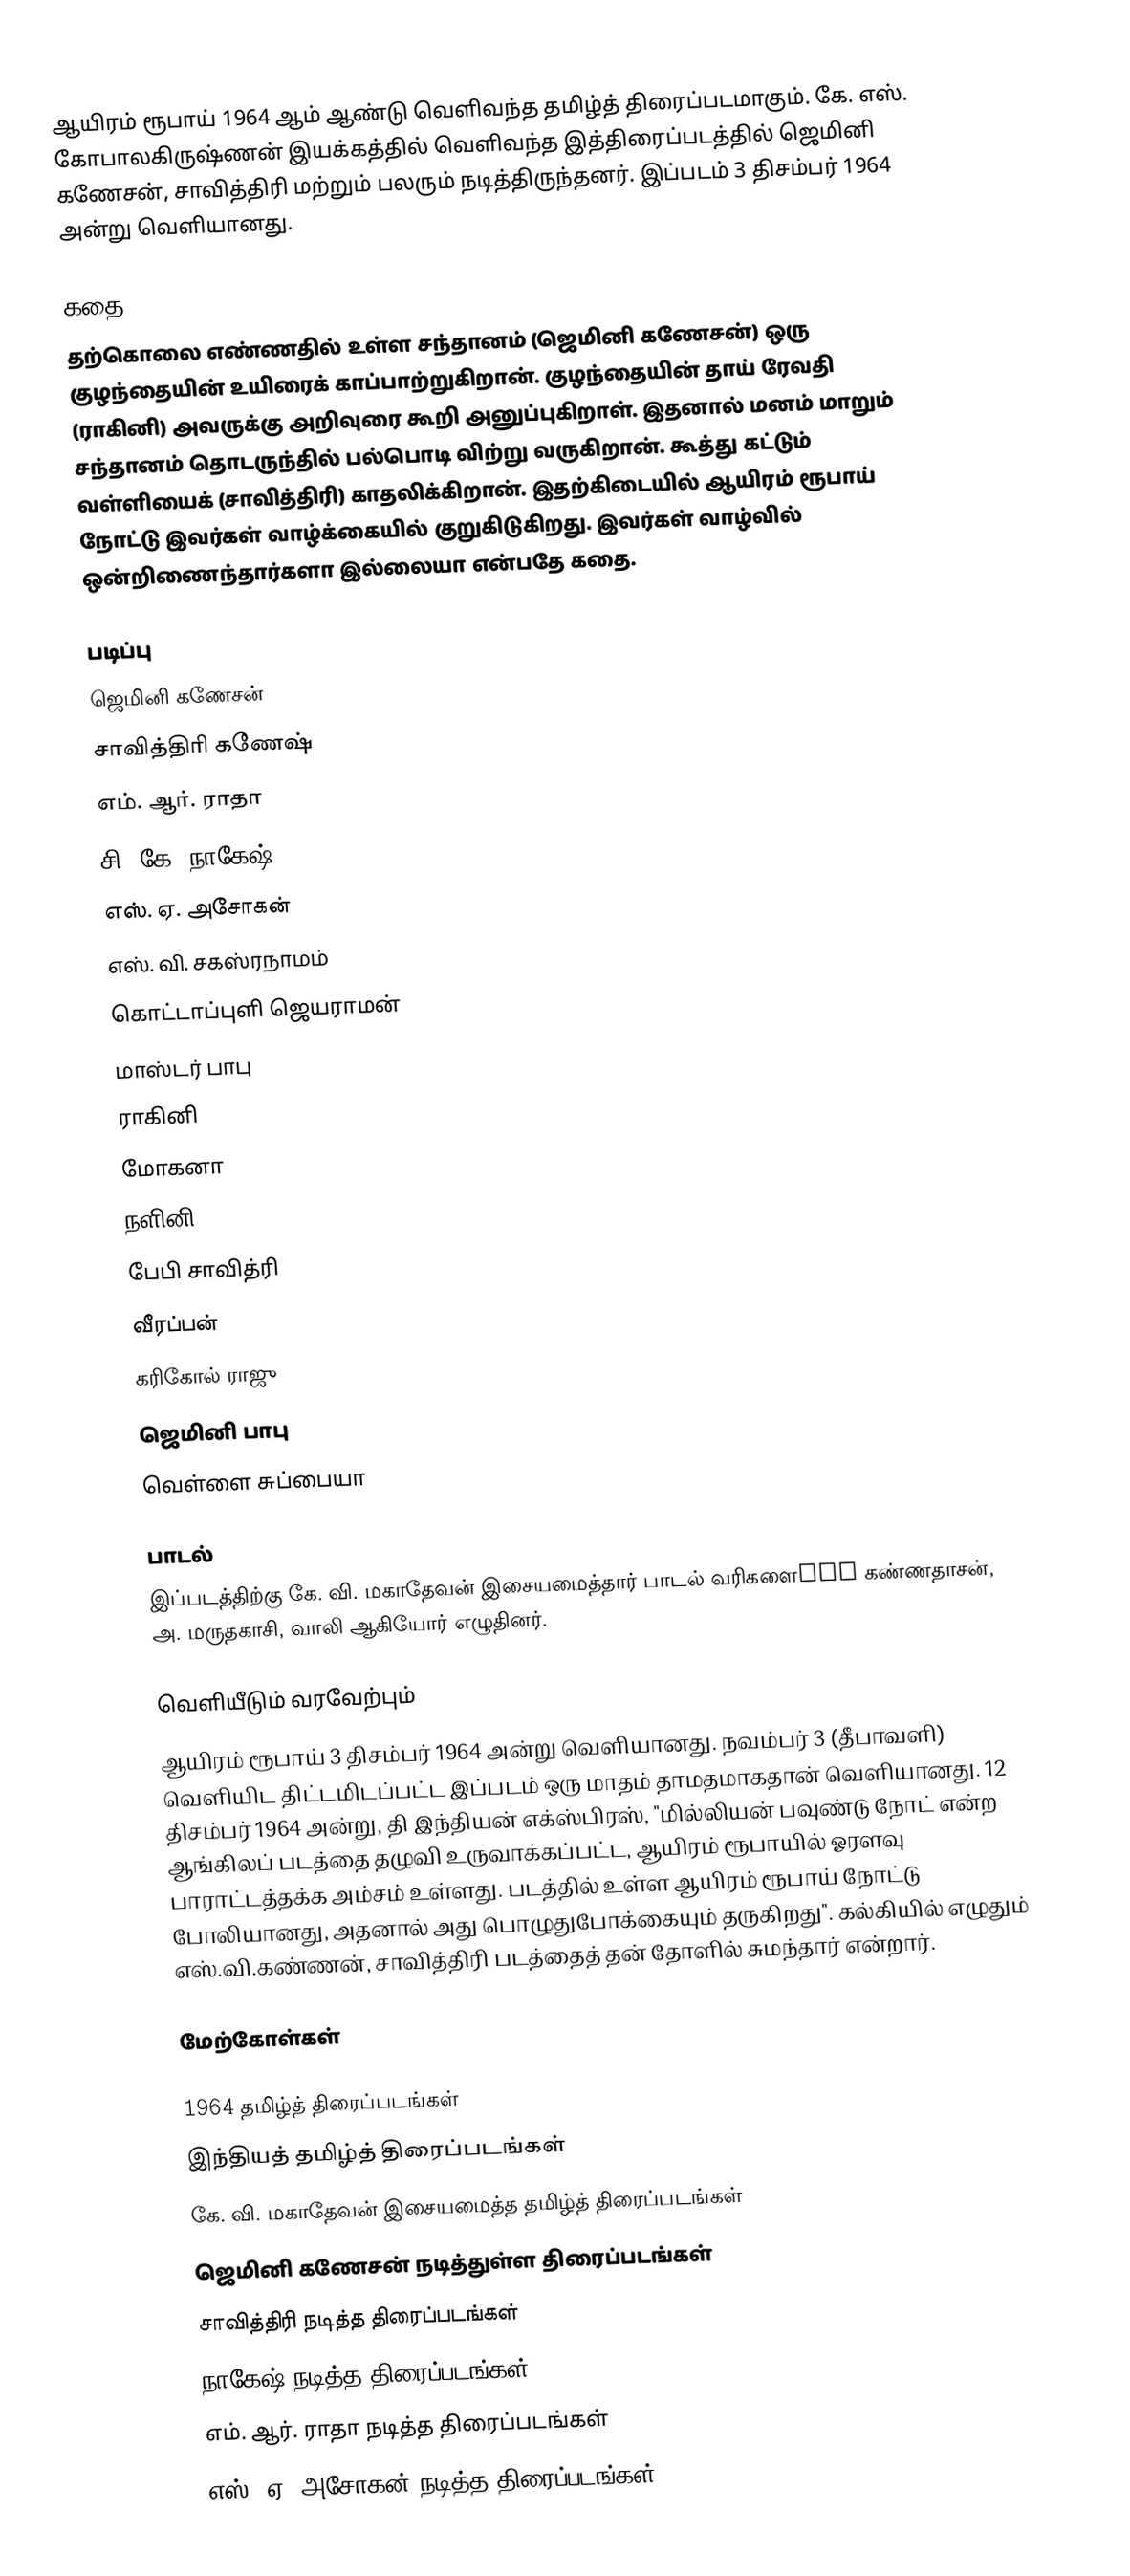
ஆயிரம் ரூபாய் 1964 ஆம் ஆண்டு வெளிவந்த தமிழ்த் திரைப்படமாகும். கே. எஸ். கோபாலகிருஷ்ணன் இயக்கத்தில் வெளிவந்த இத்திரைப்படத்தில் ஜெமினி கணேசன், சாவித்திரி மற்றும் பலரும் நடித்திருந்தனர். இப்படம் 3 திசம்பர் 1964 அன்று வெளியானது.

கதை
தற்கொலை எண்ணதில் உள்ள சந்தானம் (ஜெமினி கணேசன்) ஒரு குழந்தையின் உயிரைக் காப்பாற்றுகிறான். குழந்தையின் தாய் ரேவதி (ராகினி) அவருக்கு அறிவுரை கூறி அனுப்புகிறாள். இதனால் மனம் மாறும் சந்தானம் தொடருந்தில் பல்பொடி விற்று வருகிறான். கூத்து கட்டும் வள்ளியைக் (சாவித்திரி) காதலிக்கிறான். இதற்கிடையில் ஆயிரம் ரூபாய் நோட்டு இவர்கள் வாழ்க்கையில் குறுகிடுகிறது. இவர்கள் வாழ்வில் ஒன்றிணைந்தார்களா இல்லையா என்பதே கதை.

படிப்பு
 ஜெமினி கணேசன்
 சாவித்திரி கணேஷ்
 எம். ஆர். ராதா
 சி. கே. நாகேஷ்
 எஸ். ஏ. அசோகன்
 எஸ். வி. சகஸ்ரநாமம்
 கொட்டாப்புளி ஜெயராமன்
 மாஸ்டர் பாபு
 ராகினி
 மோகனா
 நளினி
 பேபி சாவித்ரி
 வீரப்பன்
 கரிகோல் ராஜு
 ஜெமினி பாபு
 வெள்ளை சுப்பையா

பாடல்
இப்படத்திற்கு கே. வி. மகாதேவன் இசையமைத்தார் பாடல் வரிகளைand  கண்ணதாசன், அ. மருதகாசி, வாலி ஆகியோர் எழுதினர்.

வெளியீடும் வரவேற்பும்
ஆயிரம் ரூபாய் 3 திசம்பர் 1964 அன்று வெளியானது. நவம்பர் 3 (தீபாவளி) வெளியிட திட்டமிடப்பட்ட இப்படம் ஒரு மாதம் தாமதமாகதான் வெளியானது. 12 திசம்பர் 1964 அன்று, தி இந்தியன் எக்ஸ்பிரஸ், "மில்லியன் பவுண்டு நோட் என்ற ஆங்கிலப் படத்தை தழுவி உருவாக்கப்பட்ட, ஆயிரம் ரூபாயில் ஓரளவு பாராட்டத்தக்க அம்சம்  உள்ளது. படத்தில் உள்ள ஆயிரம் ரூபாய் நோட்டு போலியானது, அதனால் அது பொழுதுபோக்கையும் தருகிறது". கல்கியில் எழுதும் எஸ்.வி.கண்ணன், சாவித்திரி படத்தைத் தன் தோளில் சுமந்தார் என்றார்.

மேற்கோள்கள்

1964 தமிழ்த் திரைப்படங்கள்
இந்தியத் தமிழ்த் திரைப்படங்கள்
கே. வி. மகாதேவன் இசையமைத்த தமிழ்த் திரைப்படங்கள்
ஜெமினி கணேசன் நடித்துள்ள திரைப்படங்கள்
சாவித்திரி நடித்த திரைப்படங்கள்
நாகேஷ் நடித்த திரைப்படங்கள்
எம். ஆர். ராதா நடித்த திரைப்படங்கள்
எஸ். ஏ. அசோகன் நடித்த திரைப்படங்கள்